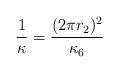
LaTeX: \begin{align*}\frac{1}{\kappa }=\frac{(2\pi r_{2})^{2}}{\kappa _{6}}\end{align*}